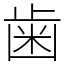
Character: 歯